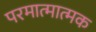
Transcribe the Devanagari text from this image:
परमात्मात्मक